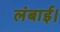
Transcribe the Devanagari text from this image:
लंबाई।